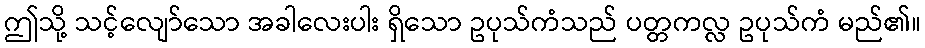
ဤသို့ သင့်လျော်သော အခါလေးပါး ရှိသော ဥပုသ်ကံသည် ပတ္တကလ္လ ဥပုသ်ကံ မည်၏။